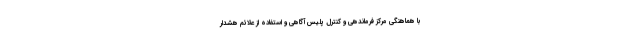
با هماهنگی مرکز فرماندهی و کنترل پلیس آگاهی و استفاده از علائم هشدار